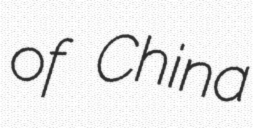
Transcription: of China